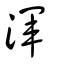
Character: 渾